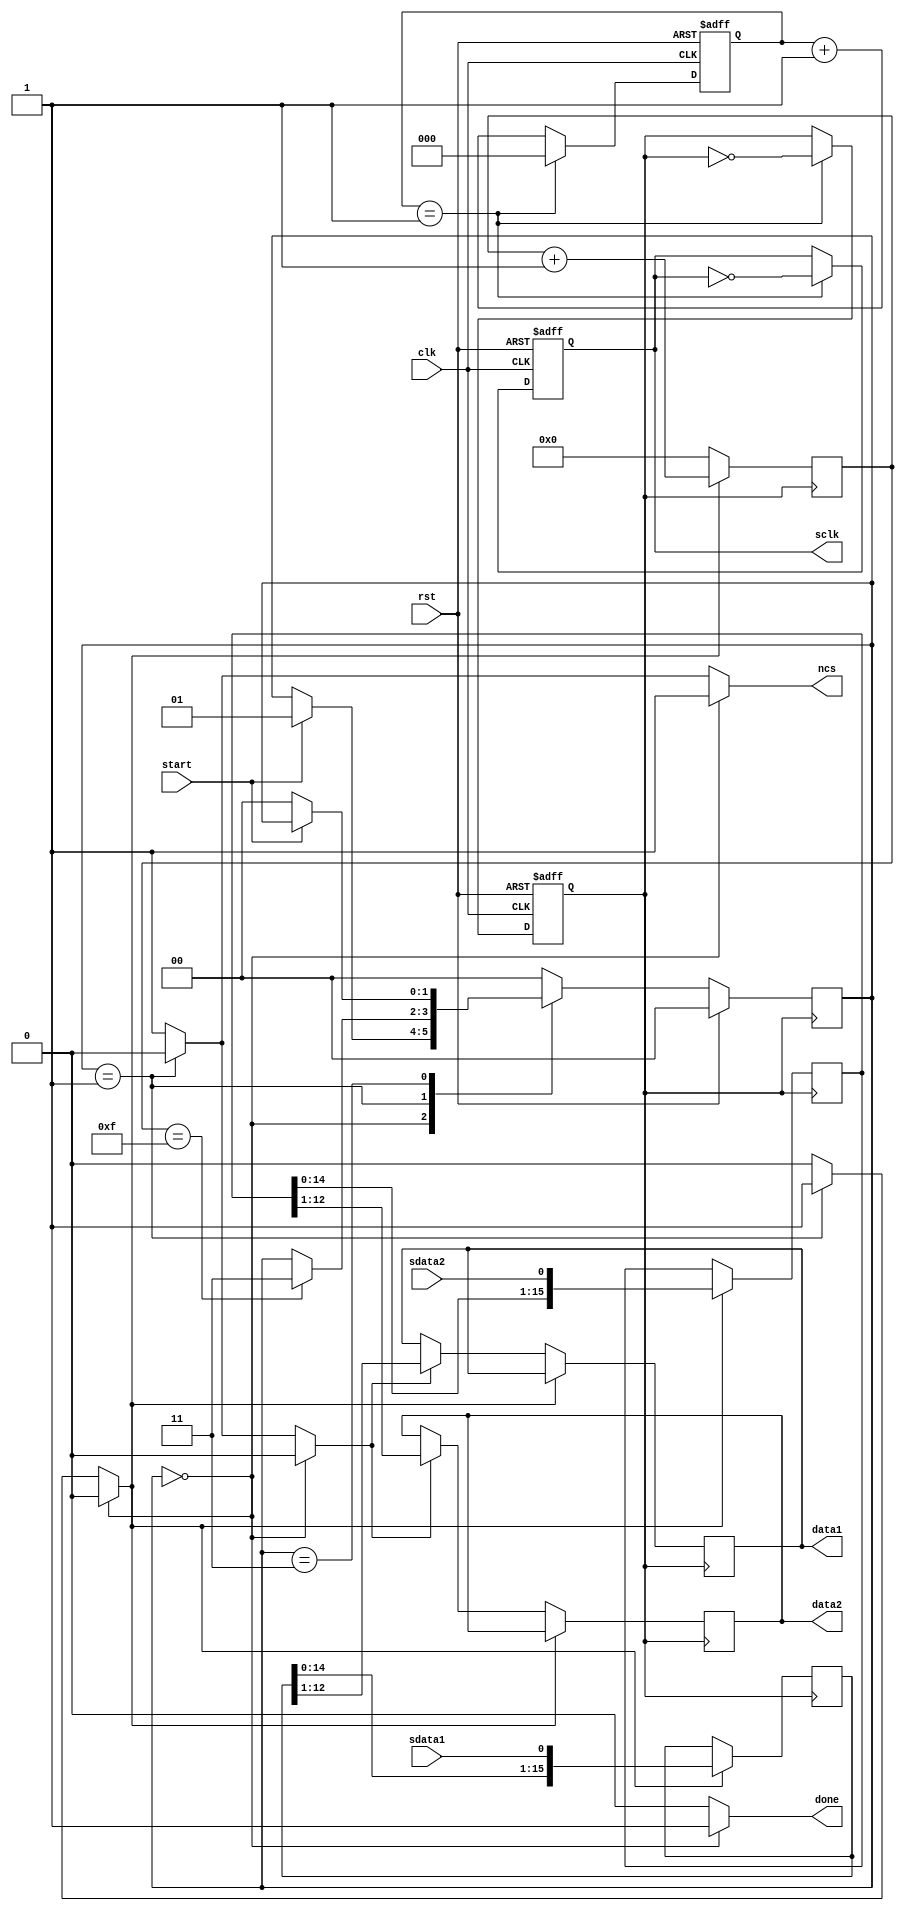
`timescale 1ns / 1ps

/*
-------------------------------------------------------------------------
--Title         : AD1 Reference Component
--
--   Inputs         : 5
--   Outputs        : 5
--
--   Description: This is the AD1 Reference Component entity. The input
--                ports are a 50 MHz clock and an asynchronous reset 
--                button along with the data from the ADC7476 that 
--                is serially shifted in on each clock cycle(SDATA1 and
--                SDATA2). The outputs are the SCLK signal which clocks
--                the PMOD-AD1 board at 12.5 MHz and a chip select 
--                signal (nCS) that enables the ADC7476 chips on the
--                PMOD-AD1 board as well as two 12-bit output 
--                vectors labeled DATA1 and DATA2 which can be used by 
--                any external components. The START is used to tell
--                the component when to start a conversion. After a
--                conversion is done the component activates the DONE
--                signal.
--
--------------------------------------------------------------------------
*/

module spi_receive(
//general usage
clk,
rst,
//Pmod interface signals
sdata1,
sdata2,
sclk,
ncs,
//user interface signals
data1,
data2,
start,
done
    );

/*
--------------------------------------------------------------------------------
-- Title            : Local signal assignments
--
-- Description      : The following signals will be used to drive the  
--                    processes of this VHDL file.
--
--   current_state : This signal will be the pointer that will point at the
--                   current state of the Finite State Machine of the 
--                   controller.
--   next_state    : This signal will be the pointer that will point at the
--                   current state of the Finite State Machine of the 
--                   controller.
--   temp1         : This is a 16-bit vector that will store the 16-bits of data 
--                   that are serially shifted-in form the  first ADC7476 chip
--                   inside the PMOD-AD1 board.
--   temp2         : This is a 16-bit vector that will store the 16-bits of data 
--                   that are serially shifted-in form the second ADC7476 chip 
--                   inside the PMOD-AD1 board.
--   clk_div       : This will be the divided 12.5 MHz clock signal that will
--                   clock the PMOD-AD1 board
--   clk_counter   : This counter will be used to create a divided clock signal.
--
--   shiftCounter  : This counter will be used to count the shifted data from  
--                   the ADC7476 chip inside the PMOD-AD1 board.
--   enShiftCounter: This signal will be used to enable the counter for the  
--                   shifted data from the ADC7476 chip inside the PMOD-AD1.
--   enParalelLoad : This signal will be used to enable the load the shifted  
--                   data in a register.
--------------------------------------------------------------------------------
*/
parameter Idle=2'b00;
parameter ShiftIn=2'b01;
parameter SyncData=2'b11;

input         clk,rst,sdata1,sdata2,start;
output [11:0] data1;
output [11:0] data2;
output        sclk,ncs,done;

reg [11:0] data1;
reg [11:0] data2;
reg        sclk,sclk_tmp,ncs,done;

reg [1:0]  current_state,next_state;
reg [15:0] temp1,temp2;
reg        clk_div,clk_div_tmp;
reg [2:0]  clk_counter,clk_counter_tmp;
reg [3:0]  shiftCounter;
reg        enShiftCounter;
reg        enParalelLoad;

/*
--------------------------------------------------------------------------------
-- Title          :     clock divider process
--
-- Description    : This is the process that will divide the 50 MHz clock 
--                  down to a clock speed of 12.5 MHz to drive the ADC7476 chip. 
-------------------------------------------------------------------------------- 
*/
always @ (posedge clk or posedge rst)
begin
if (rst==1)
	clk_counter<=3'b000;
else
	clk_counter<=clk_counter_tmp;
end

always @ (clk_counter or clk_div or sclk)
begin
if (clk_counter==3'b001)
	begin
	clk_counter_tmp=3'b000;
	clk_div_tmp=~clk_div;
	sclk_tmp=~sclk;
	end
else
	begin
	clk_counter_tmp=clk_counter+1;
	clk_div_tmp=clk_div;
	sclk_tmp=sclk;
	end
end

always @ (posedge clk or posedge rst)
begin
if (rst)
	begin
	clk_div=0;
	sclk   =0;
	end
else
	begin
	clk_div=clk_div_tmp;
	sclk   =sclk_tmp;
	end
end

/*
-----------------------------------------------------------------------------------
--
-- Title      : counter
--
-- Description: This is the process were the converted data will be colected and
--              output.When the enShiftCounter is activated, the 16-bits of data  
--              from the ADC7476 chips will be shifted inside the temporary 
--              registers. A 4-bit counter is used to keep shifting the data 
--              inside temp1 and temp2 for 16 clock cycles. When the enParalelLoad
--              signal is generated inside the SyncData state, the converted data 
--              in the temporary shift registers will be placed on the outputs 
--              DATA1 and DATA2. 
--    
-----------------------------------------------------------------------------------    
*/

always @ (posedge clk_div)
begin
if(enShiftCounter==1)
	begin
	temp1<={temp1[14:0],sdata1};
	temp2<={temp2[14:0],sdata2};
	shiftCounter<=shiftCounter+1;
	data1<=data1;
	data2<=data2;

	end
else if (enParalelLoad==1)
	begin
	temp1<=temp1;
	temp2<=temp2;
	shiftCounter<=4'b0000;
	data1<=temp1[12:1];
	data2<=temp2[12:1];
	end
else
	begin
	temp1<=temp1;
	temp2<=temp2;
	shiftCounter<=4'b0000;
	data1<=data1;
	data2<=data2;
	end
end

/*
---------------------------------------------------------------------------------
--
-- Title      : Finite State Machine
--
-- Description: This 3 processes represent the FSM that contains three states.
--              The first state is the Idle state in which a temporary registers
--              are assigned the updated value of the input "DATA1" and "DATA2".
--              The next state is the ShiftIn state where the 16-bits of data
--              from each of the ADCS7476 chips are left shifted in the temp1
--              and temp2 shift registers. The third state, SyncData drives the
--              output signal nCS high for 1 clock period maintainig nCS high  
--              also in the Idle state telling the ADCS7476 to mark the end of
--              the conversion.
-- Notes:         The data will change on the lower edge of the clock signal. There 
--                     is also an asynchronous reset that will reset all signals to  
--                     their original state.
--
-----------------------------------------------------------------------------------        
        
-----------------------------------------------------------------------------------
--
-- Title      : SYNC_PROC
--
-- Description: This is the process were the states are changed synchronously. At 
--              reset the current state becomes Idle state.
--    
-----------------------------------------------------------------------------------   
*/

always @(posedge clk_div)
begin
if(rst)
	current_state<=Idle;
else
	current_state<=next_state;
end

/*
-----------------------------------------------------------------------------------
--
-- Title      : OUTPUT_DECODE
--
-- Description: This is the process were the output signals are generated
--              unsynchronously based on the state only (Moore State Machine).
--    
-----------------------------------------------------------------------------------      
*/

always @ (current_state)
begin
if(current_state==Idle)
	begin
	enShiftCounter=0;
	done=1;
	ncs=1;
	enParalelLoad=0;
	end
else if (current_state==ShiftIn)
	begin
	enShiftCounter=1;
	done=0;
	ncs=0;
	enParalelLoad=0;
	end
else
	begin
	enShiftCounter=0;
	done=0;
	ncs=1;
	enParalelLoad=1;
	end
end

/*
----------------------------------------------------------------------------------
--
-- Title      : NEXT_STATE_DECODE
--
-- Description: This is the process were the next state logic is generated 
--              depending on the current state and the input signals.
--    
-----------------------------------------------------------------------------------    
*/

always @ (current_state or start or shiftCounter)
begin
case (current_state)
	Idle:    begin if (start==1)              next_state=ShiftIn;  else next_state=current_state; end
	ShiftIn: begin if (shiftCounter==4'b1111) next_state=SyncData; else next_state=current_state; end
	SyncData:begin if (start==0)              next_state=Idle;     else next_state=current_state; end
	default: begin                                                       next_state=Idle; end
endcase
end


endmodule